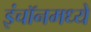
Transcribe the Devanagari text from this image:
इंचॉनमध्ये